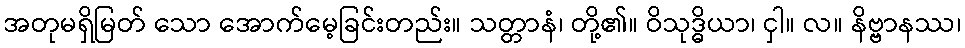
အတုမရှိမြတ် သော အောက်မေ့ခြင်းတည်း။ သတ္တာနံ၊ တို့၏။ ဝိသုဒ္ဓိယာ၊ ငှါ။ လ။ နိဗ္ဗာနဿ၊